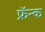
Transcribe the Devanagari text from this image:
फ्रॅन्क